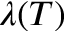
\lambda ( T )